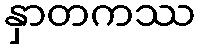
နှာတကဿ